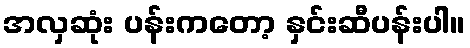
အလှဆုံး ပန်းကတော့ နှင်းဆီပန်းပါ။